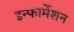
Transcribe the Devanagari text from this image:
इन्‍फार्मेशन